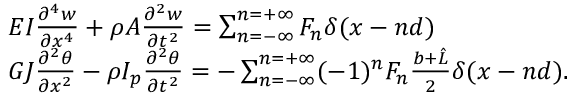
\begin{array} { r l } & { E I \frac { \partial ^ { 4 } w } { \partial x ^ { 4 } } + \rho A \frac { \partial ^ { 2 } w } { \partial t ^ { 2 } } = \sum _ { n = - \infty } ^ { n = + \infty } F _ { n } \delta ( x - n d ) } \\ & { G J \frac { \partial ^ { 2 } \theta } { \partial x ^ { 2 } } - \rho I _ { p } \frac { \partial ^ { 2 } \theta } { \partial t ^ { 2 } } = - \sum _ { n = - \infty } ^ { n = + \infty } ( - 1 ) ^ { n } F _ { n } \frac { b + \hat { L } } { 2 } \delta ( x - n d ) . } \end{array}